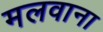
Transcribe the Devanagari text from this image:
मलवाना